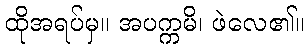
ထိုအရပ်မှ။ အပက္ကမိ၊ ဖဲလေ၏။